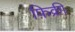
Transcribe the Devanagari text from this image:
फ़िक्री